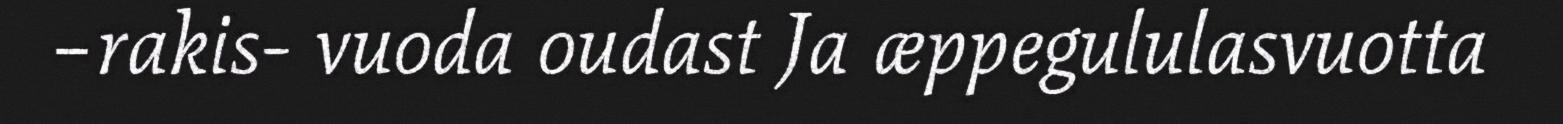
–rakis- vuoda oudast Ja æppegululasvuotta